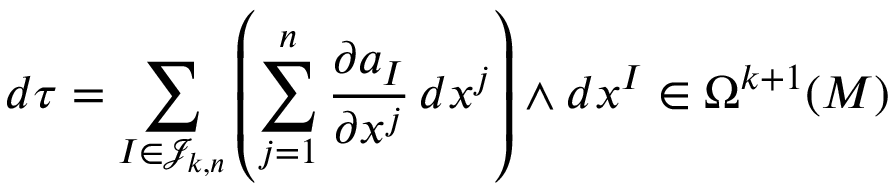
d \tau = \sum _ { I \in { \mathcal { J } } _ { k , n } } \left( \sum _ { j = 1 } ^ { n } { \frac { \partial a _ { I } } { \partial x ^ { j } } } \, d x ^ { j } \right) \wedge d x ^ { I } \in \Omega ^ { k + 1 } ( M )